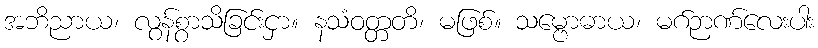
အဘိညာယ၊ လွန်စွာသိခြင်းငှာ။ နသံဝတ္တတိ၊ မဖြစ်။ သမ္ဗောဓာယ၊ မဂ်ဉာဏ်လေးပါး